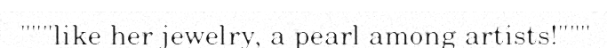
"""like her jewelry, a pearl among artists!"""